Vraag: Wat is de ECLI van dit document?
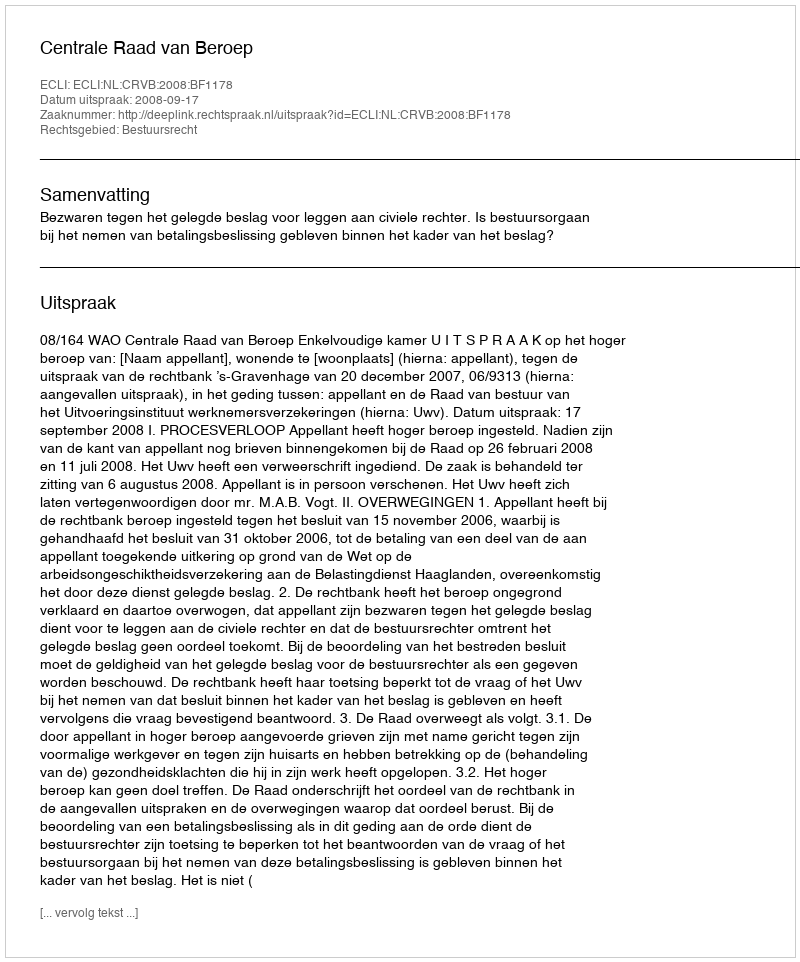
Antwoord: ECLI:NL:CRVB:2008:BF1178